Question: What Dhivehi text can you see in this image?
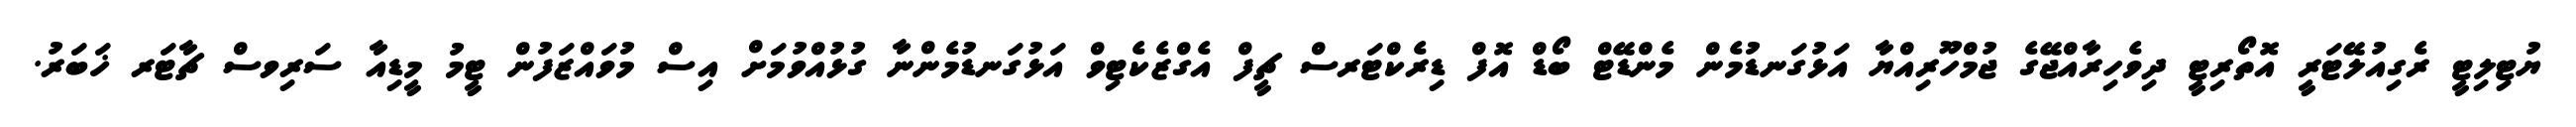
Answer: ޔުޓިލިޓީ ރެގިއުލޭޓަރީ އޮތޯރިޓީ ދިވެހިރާއްޖޭގެ ޖުމްހޫރިއްޔާ އަޅުގަނޑުމެން މެންޑޭޓް ބޯޑް އޮފް ޑިރެކްޓަރސް ޗީފް އެގްޒެކެޓިވް އަޅުގަނޑުމެންނާ ގުޅުއްވުމަށް އިސް މުވައްޒަފުން ޓީމު މީޑިއާ ސަރިވސް ޗާޓަރ ޚަބަރު.